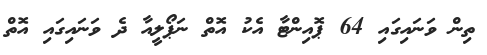
ތިން ވަނައިގައި 64 ޕޮއިންޓާ އެކު އޮތް ނަޕޯލީއާ ދެ ވަނައިގައި އޮތް